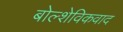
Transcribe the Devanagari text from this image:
बोल्शेविकवाद